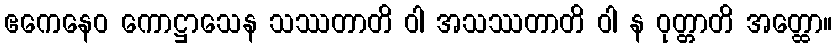
ဧကေနေဝ ကောဋ္ဌာသေန သဿတာတိ ဝါ အသဿတာတိ ဝါ န ဝုတ္တာတိ အတ္ထော။